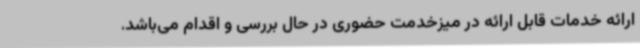
ارائه خدمات قابل ارائه در میزخدمت حضوری در حال بررسی و اقدام می‌باشد.